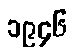
၁၉၄၆